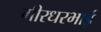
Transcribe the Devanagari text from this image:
गीरधरभाई